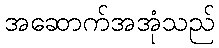
အဆောက်အအုံသည်